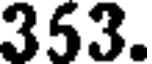
353.